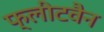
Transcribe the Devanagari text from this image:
फ्लीटवैन